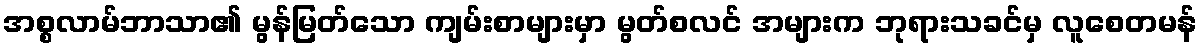
အစ္စလာမ်ဘာသာ၏ မွန်မြတ်သော ကျမ်းစာများမှာ မွတ်စလင် အများက ဘုရားသခင်မှ လူစေတမန်